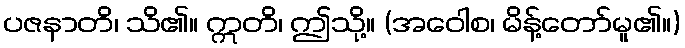
ပဇနာတိ၊ သိ၏။ ဣတိ၊ ဤသို့။ (အဝေါစ၊ မိန့်တော်မူ၏။)